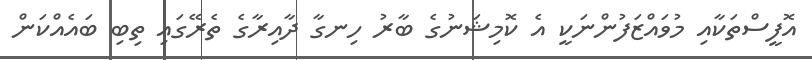
އޮފީސްތަކާއި މުވައްޒަފުންނަކީ އެ ކޮމިޝަނުގެ ބާރު ހިނގާ ދާއިރާގެ ތެރޭގައި ތިބި ބައެއްކަން